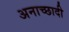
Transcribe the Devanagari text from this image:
अनाच्छादी